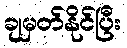
ချမှတ်နိုင်ပြီး